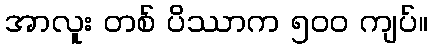
အာလူး တစ် ပိဿာက ၅၀၀ ကျပ်။